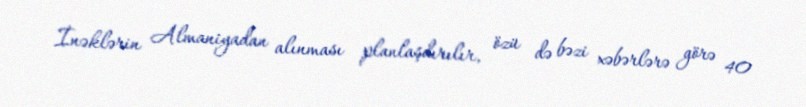
İnəklərin Almaniyadan alınması planlaşdırılır, özü də bəzi xəbərlərə görə 40